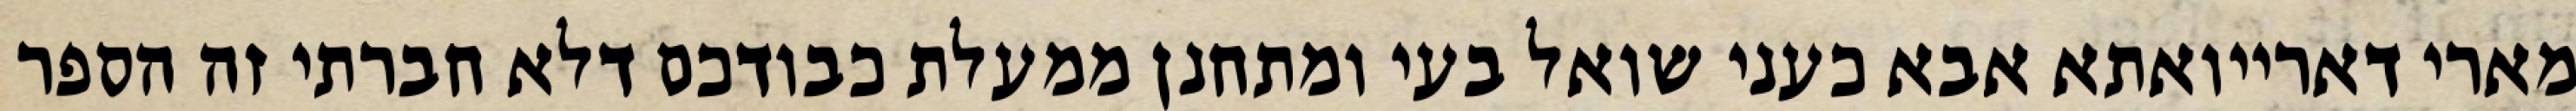
מארי דארייואתא אבא כעני שואל בעי ומתחנן ממעלת כבודכם דלא חברתי זה הספר